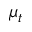
\mu _ { t }